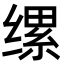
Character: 缧